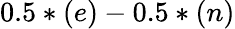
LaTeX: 0.5*(e)-0.5*(n)